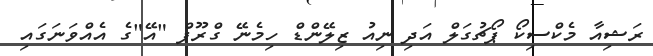
ރަޝިއާ މެކްސިކޯ ޕޯޗުގަލް އަދި ނިއު ޒިލޭންޑް ހިމެނޭ ގްރޫޕް "އޭ"ގެ އެއްވަނަގައި